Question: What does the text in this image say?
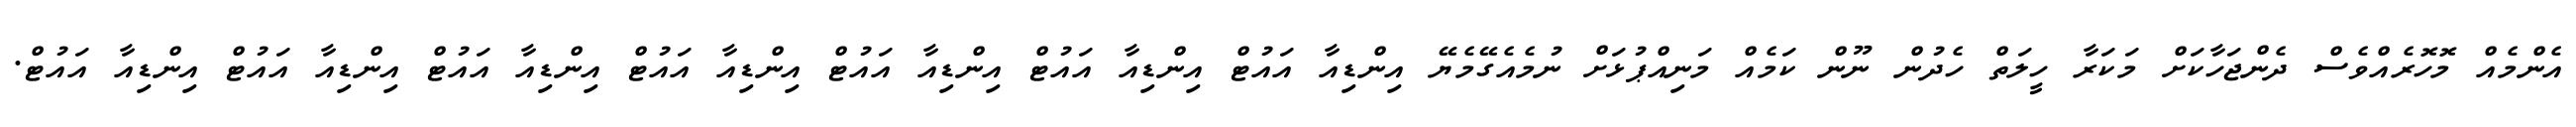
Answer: އެންމެއް މޮހޮރެއްވެސް ދެންޖަހާކަށް މަކަރާ ހީލަތް ހެދުން ނޫން ކަމެއް މަނިއްޕުޅަށް ނުމެއެގޭމެޔޭ އިންޑިއާ އައުޓް އިންޑިއާ އައުޓް އިންޑިއާ އައުޓް އިންޑިއާ އައުޓް އިންޑިއާ އައުޓް އިންޑިއާ އައުޓް އިންޑިއާ އައުޓް.